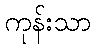
ကုန်းသာ